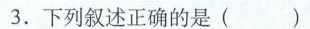
3.下列叙述正确的是（）